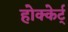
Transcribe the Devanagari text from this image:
होक्केर्ट्